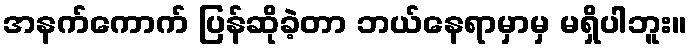
အနက်ကောက် ပြန်ဆိုခဲ့တာ ဘယ်နေရာမှာမှ မရှိပါဘူး။